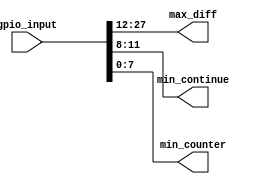
`timescale 1ns / 1ps
//////////////////////////////////////////////////////////////////////////////////
// Company: 
// Engineer: 
// 
// Design Name: 
// Module Name: gpio_allocate
// Project Name: 
// Target Devices: 
// Tool Versions: 
// Description: 
// 
// Dependencies: 
// 
// Revision:
// Revision 0.01 - File Created
// Additional Comments:
// 
//////////////////////////////////////////////////////////////////////////////////


module gpio_allocate (
	input  [27:0] gpio_input  ,
	output [15:0] max_diff    , // 
	output [ 3:0] min_continue, // 
	output [ 7:0] min_counter   // 
);

	assign {max_diff, min_continue, min_counter} = gpio_input;
endmodule